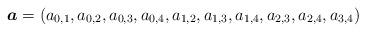
LaTeX: \begin{align*} \boldsymbol{a}=(a_{0,1},a_{0,2},a_{0,3},a_{0,4},a_{1,2},a_{1,3},a_{1,4},a_{2,3},a_{2,4},a_{3,4})\end{align*}